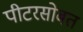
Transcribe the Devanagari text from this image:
पीटरसोबत